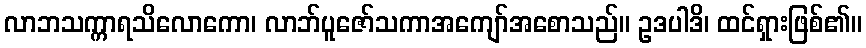
လာဘသက္ကာရသိလောကော၊ လာဘ်ပူဇော်သကာအကျော်အစောသည်။ ဥဒပါဒိ၊ ထင်ရှားဖြစ်၏။